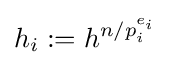
h_{i}:=h^{n/p_{i}^{e_{i}}}